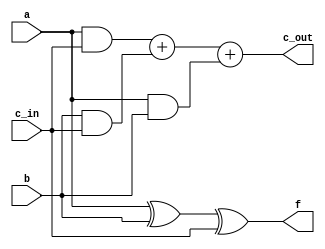
/* 8 Bit Adder */
 
module oneBitFull(input a, b, c_in, output f, c_out);

	/* Cout = ACin + BCin + AB*/
	assign c_out = (a & c_in) + (b & c_in) + (a & b);

	/* F = A xor B xor Cin */
	assign f = a ^ b ^ c_in;

endmodule

module eightBitSub(input [6:0]a, input [7:0]s, output [7:0]f);

	wire [7:0]c;
	wire [7:0]si;

	integer i;

	assign si = ~ s;

	oneBitFull b8(a[0], si[0], 1'b1, f[0], c[0]);
	oneBitFull b7(a[1], si[1], c[0], f[1], c[1]);
	oneBitFull b6(a[2], si[2], c[1], f[2], c[2]);
	oneBitFull b5(a[3], si[3], c[2], f[3], c[3]);
	oneBitFull b4(a[4], si[4], c[3], f[4], c[4]);
	oneBitFull b3(a[5], si[5], c[4], f[5], c[5]);
	oneBitFull b2(a[6], si[6], c[5], f[6], c[6]);
	oneBitFull b1(1'b0, si[7], c[6], f[7], c[7]);

endmodule


/* Testbench */
module TB;
	/* Inputs */
	reg [0:6]a;	
	reg [0:7]s;

	/* Outputs */
	wire [0:7]o;

	/* Instantiate inverter module */
	eightBitSub uut(a,s,o);

	/* Stimulus waveform */
	initial begin
		a = 49;
		s = 8'b00110001;
		// #10
		// s = 00100001;
		// #10
		// a = 11111111;
		// #10
		// s = 00000000;
		// #10
		// s = 11111111;
	end
	
	/* Monitor net values over time */
	initial begin
		$monitor("t=%3d a=%b b=%b o=%b", $time, a, s, o);
	end
endmodule